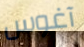
آغوس